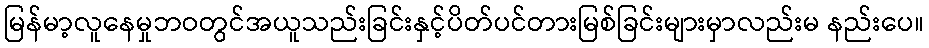
မြန်မာ့လူနေမှုဘဝတွင်အယူသည်းခြင်းနှင့်ပိတ်ပင်တားမြစ်ခြင်းများမှာလည်းမ နည်းပေ။